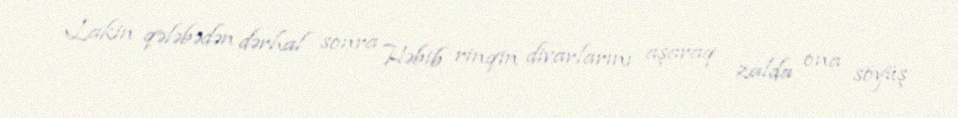
Lakin qələbədən dərhal sonra Həbib rinqin divarlarını aşaraq zalda ona söyüş